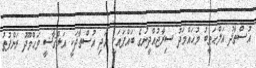
އުސްތާޛު އަލްޙަޠީބު މުޙައްމަދު ސިރާޖުއްދީނުގެ ބައްޕައަކީ އަދި އުސްތާޛަކީ އަލްޤާޟީ މަޙްމޫދު ރަންފުތު